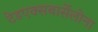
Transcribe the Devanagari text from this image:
टेडएक्सबार्सेलोना